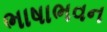
ભાષાભવન